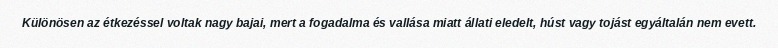
Különösen az étkezéssel voltak nagy bajai, mert a fogadalma és vallása miatt állati eledelt, húst vagy tojást egyáltalán nem evett.